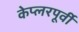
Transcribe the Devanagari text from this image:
केप्लरपूर्वी